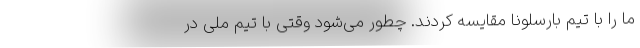
ما را با تیم بارسلونا مقایسه کردند. چطور می‌شود وقتی با تیم ملی در